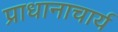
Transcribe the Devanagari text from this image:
प्राधानाचार्य